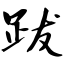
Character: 跋